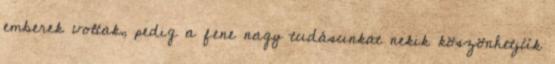
emberek voltak, pedig a fene nagy tudásunkat nekik köszönhetjük